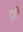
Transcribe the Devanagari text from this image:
दृष्ठी